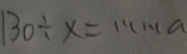
1 3 0 \div x = \cdots a